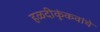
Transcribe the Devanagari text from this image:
हळदीकुंकवांचे